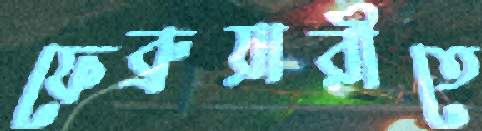
ফেব্রুয়ারীতে